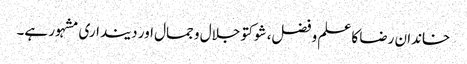
خاندان رضا کا علم و فضل، شوکتو جلال و جمال اور دینداری مشہور ہے۔